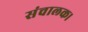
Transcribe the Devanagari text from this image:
संचालक।